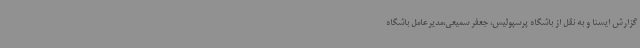
گزارش ایسنا و به نقل از باشگاه پرسپولیس، جعفر سمیعی،مدیرعامل باشگاه